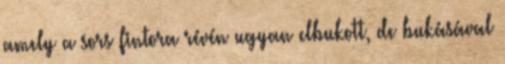
amely a sors fintora révén ugyan elbukott, de bukásával